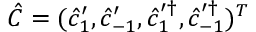
\hat { C } = ( \hat { c } _ { 1 } ^ { \prime } , \hat { c } _ { - 1 } ^ { \prime } , \hat { c } _ { 1 } ^ { \prime \dag } , \hat { c } _ { - 1 } ^ { \prime \dag } ) ^ { T }